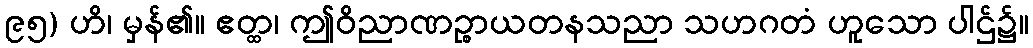
၉၅) ဟိ၊ မှန်၏။ ဧတ္ထ၊ ဤဝိညာဏဉ္စာယတနသညာ သဟဂတံ ဟူသော ပါဌ်၌။